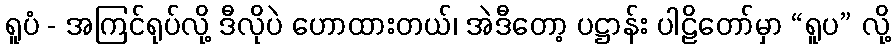
ရူပံ - အကြင်ရုပ်လို့ ဒီလိုပဲ ဟောထားတယ်၊ အဲဒီတော့ ပဋ္ဌာန်း ပါဠိတော်မှာ “ရူပ” လို့